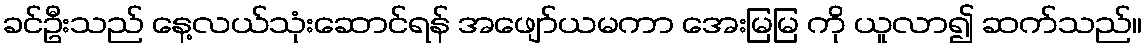
ခင်ဦးသည် နေ့လယ်သုံးဆောင်ရန် အဖျော်ယမကာ အေးမြမြ ကို ယူလာ၍ ဆက်သည်။